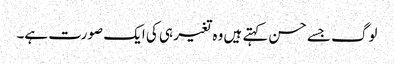
لوگ جسے حسن کہتے ہیں وہ تغیر ہی کی ایک صورت ہے۔